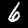
Label: 6